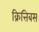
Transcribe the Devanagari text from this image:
क्रित्तिबस